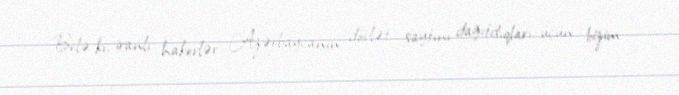
Belə ki, iranlı hakerlər Azərbaycanın dövlət saytını dağıtdıqları üçün bizim